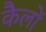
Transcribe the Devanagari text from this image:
कैलों